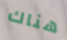
هناك